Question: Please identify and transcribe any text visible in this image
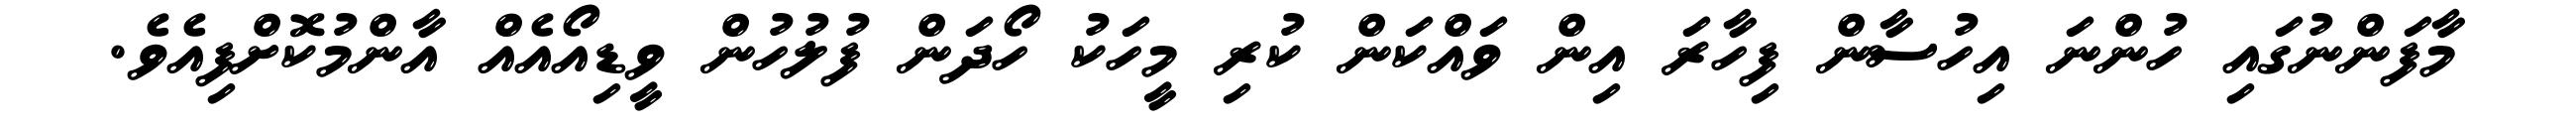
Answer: މާފަންނުގައި ހުންނަ އިހުސާން ފިހާރަ އިން ވައްކަން ކުރި މީހަކު ހޯދަން ފުލުހުން ވީޑިއޯއެއް އާންމުކޮށްފިއެވެ.